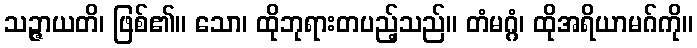
သဉ္ဇာယတိ၊ ဖြစ်၏။ သော၊ ထိုဘုရားတပည့်သည်။ တံမဂ္ဂံ၊ ထိုအရိယာမဂ်ကို။